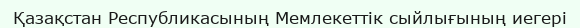
Қазақстан Республикасының Мемлекеттік сыйлығының иегері